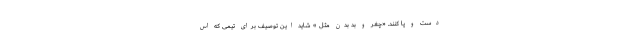
دست و پا کنند. «چغر و بد بدن مثل » شاید این توصیف برای تیمی که اس